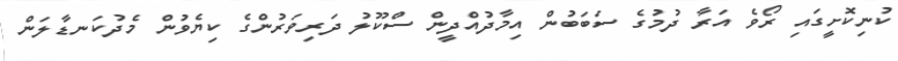
ކުނިކޮށީގައި ރޯވެ އަރާ ދުމުގެ ސަބަބުން އިމާދުއްދީން ސްކޫލު ދަރިވަރުންގެ ކިޔެވުން މެދުކަނޑާލަން